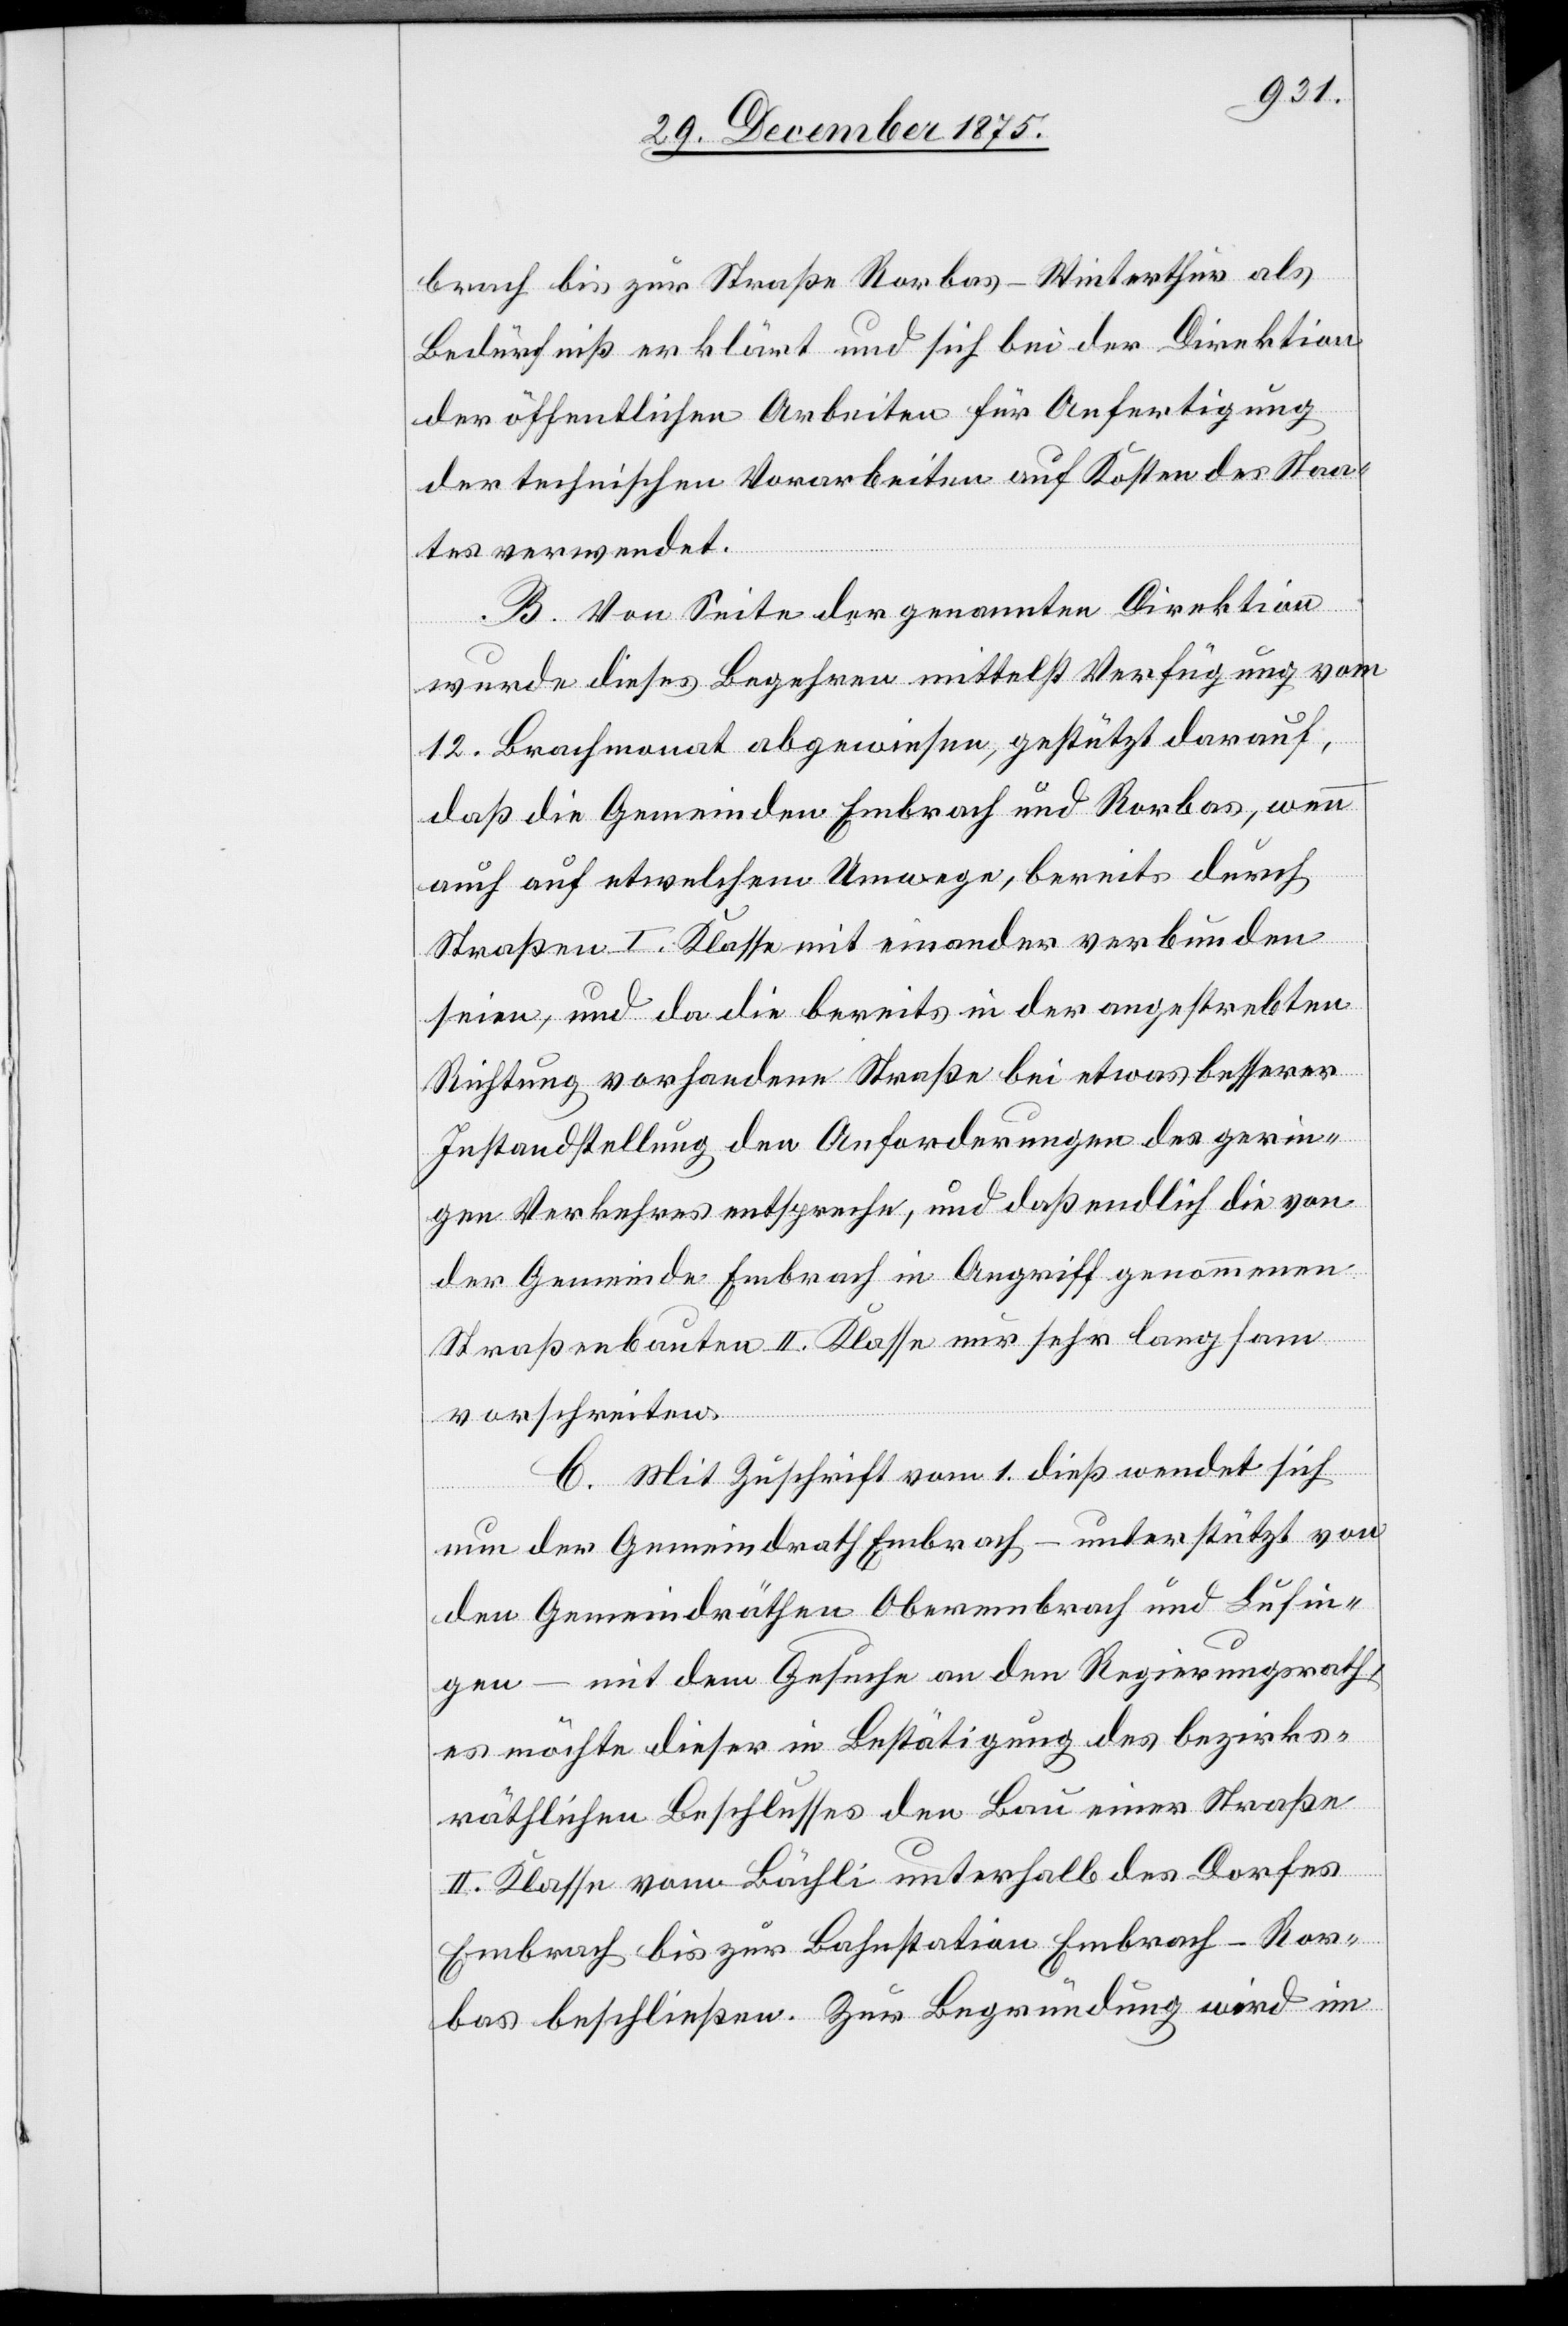
brach bis zur Straße Rorbas–Winterthur als
Bedürfniß erklärt und sich bei der Direktion
der öffentlichen Arbeiten für Anfertigung
der technischen Vorabreiten auf Kosten des Staa¬
tes verwendet.
B. Von Seite der genannten Direktion
wurde dieses Begehren mittelst Verfügung vom
12. Brachmonat abgewiesen, gestützt darauf,
daß die Gemeinden Embrach und Rorbas, wenn
auch auf etwelchem Umwege, bereits durch
Straßen I. Klasse mit einander verbunden
seien, und da die bereits in der angestrebten
Richtung vorhandene Straße bei etwas besserer
Instandstellung den Anforderungen des gerin¬
gen Verkehrs entspreche, und daß endlich die von
der Gemeinde Embrach in Angriff genommenen
Straßenbauten II. Klasse nur sehr langsam
vorschreiten.
C. Mit Zuschrift vom 1. dieß wendet sich
nun der Gemeindrath Embrach – unterstützt von
den Gemeindräthen Oberembrach und Lufin¬
gen – mit dem Gesuche an den Regierungsrath,
es möchte dieser in Bestätigung des bezirks¬
räthlichen Beschlusses den Bau einer Straße
II. Klasse vom Bächli unterhalb des Dorfes
Embrach bis zur Bahnstation Embrach-Ror¬
bas beschließen. Zur Begründung wird im